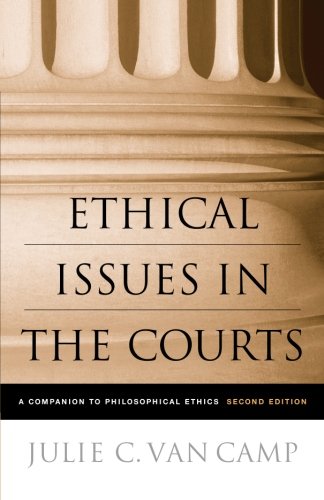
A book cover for Ethical Issues in the Courts: A Companion to Philosophical Ethics; Julie C. Van Camp; Law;